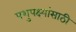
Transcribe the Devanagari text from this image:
पशुपक्ष्यांसाठी